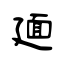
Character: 廽